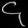
Digit: ၄